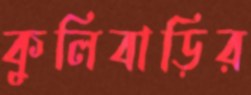
কুলিবাড়ির